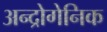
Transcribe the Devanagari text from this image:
अन्द्रोगेनिक